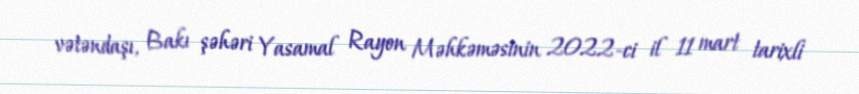
vətəndaşı, Bakı şəhəri Yasamal Rayon Məhkəməsinin 2022-ci il 11 mart tarixli